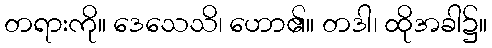
တရားကို။ ဒေသေသိ၊ ဟော၏။ တဒါ၊ ထိုအခါ၌။